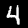
Label: 4